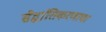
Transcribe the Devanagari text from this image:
सैद्धांतिकरणाचा